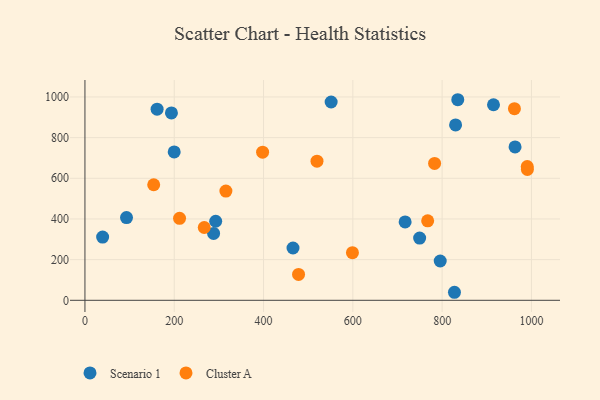
{"axis": {"x": "Distance", "y": "Sales"}, "legend": ["Cluster A", "Scenario 1"], "data": [{"x": "193.7", "y": 921.3, "type": "Scenario 1"}, {"x": "161.6", "y": 939.8, "type": "Scenario 1"}, {"x": "717.1", "y": 385.2, "type": "Scenario 1"}, {"x": "199.9", "y": 729.4, "type": "Scenario 1"}, {"x": "795.7", "y": 193.3, "type": "Scenario 1"}, {"x": "915.0", "y": 961.5, "type": "Scenario 1"}, {"x": "749.6", "y": 305.9, "type": "Scenario 1"}, {"x": "835.0", "y": 986.3, "type": "Scenario 1"}, {"x": "93.1", "y": 406.7, "type": "Scenario 1"}, {"x": "551.4", "y": 975.0, "type": "Scenario 1"}, {"x": "830.1", "y": 862.6, "type": "Scenario 1"}, {"x": "963.3", "y": 754.0, "type": "Scenario 1"}, {"x": "827.6", "y": 39.5, "type": "Scenario 1"}, {"x": "466.0", "y": 257.2, "type": "Scenario 1"}, {"x": "292.8", "y": 388.8, "type": "Scenario 1"}, {"x": "39.6", "y": 310.9, "type": "Scenario 1"}, {"x": "288.1", "y": 329.0, "type": "Scenario 1"}, {"x": "267.2", "y": 358.0, "type": "Cluster A"}, {"x": "961.9", "y": 942.5, "type": "Cluster A"}, {"x": "154.0", "y": 568.3, "type": "Cluster A"}, {"x": "519.7", "y": 684.3, "type": "Cluster A"}, {"x": "990.6", "y": 657.6, "type": "Cluster A"}, {"x": "397.9", "y": 728.2, "type": "Cluster A"}, {"x": "211.9", "y": 403.2, "type": "Cluster A"}, {"x": "599.1", "y": 234.2, "type": "Cluster A"}, {"x": "783.1", "y": 673.3, "type": "Cluster A"}, {"x": "478.4", "y": 127.1, "type": "Cluster A"}, {"x": "315.7", "y": 536.9, "type": "Cluster A"}, {"x": "767.6", "y": 390.6, "type": "Cluster A"}, {"x": "990.9", "y": 643.4, "type": "Cluster A"}]}